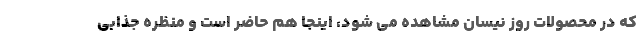
که در محصولات روز نیسان مشاهده می شود، اینجا هم حاضر است و منظره جذابی